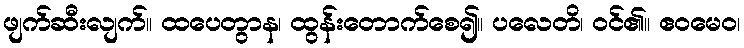
ဖျက်ဆီးလျက်။ ထပေတွာန၊ ထွန်းတောက်စေ၍။ ပလေတိ၊ ဝင်၏။ ဧဝမေဝ၊